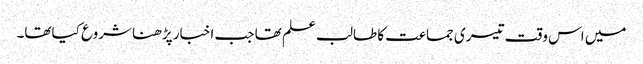
میں اس وقت تیسری جماعت کا طالب علم تھا جب اخبار پڑھنا شروع کیاتھا۔